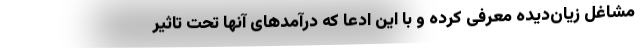
مشاغل زیان‌دیده معرفی کرده و با این ادعا که درآمدهای آنها تحت تاثیر